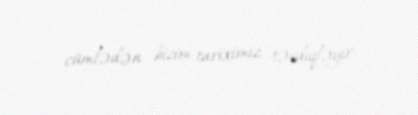
cümlədən bizim tariximiz təsdiqləyir.